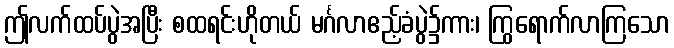
ဤလက်ထပ်ပွဲအပြီး စထရင်းဟိုတယ် မင်္ဂလာဧည့်ခံပွဲ၌ကား၊ ကြွရောက်လာကြသော